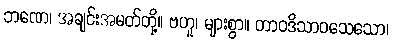
ဘဏေ၊ အချင်းအမတ်တို့။ ဗဟူ၊ များစွာ။ တာဝဒိသာဝသေသော၊